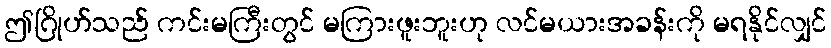
ဤဂြိုဟ်သည် ကင်းမကြီးတွင် မကြားဖူးဘူးဟု လင်မယားအခန်းကို မရနိုင်လျှင်